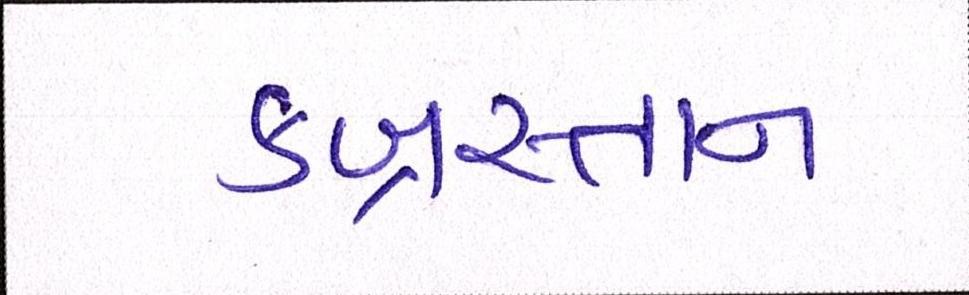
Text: કબ્રસ્તાન